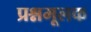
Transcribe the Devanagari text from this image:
प्रश्नमूलक